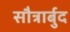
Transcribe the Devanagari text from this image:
सौत्रार्बुद